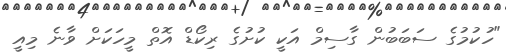
"ހުކުމުގެ ސަބަބުން ގާސިމް އަކީ ކުށުގެ ރިކޯޑް އޮތް މީހަކަށް ވާނެ މިއީ